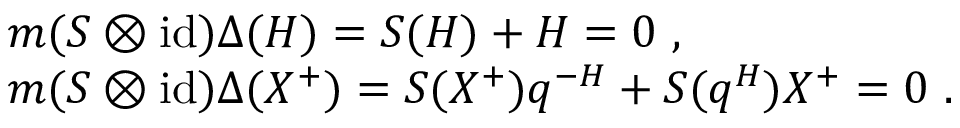
\begin{array} { r c l } { { } } & { { } } & { { m ( S \otimes \mathrm { i d } ) \Delta ( H ) = S ( H ) + H = 0 ~ , } } \\ { { } } & { { } } & { { m ( S \otimes \mathrm { i d } ) \Delta ( X ^ { + } ) = S ( X ^ { + } ) q ^ { - H } + S ( q ^ { H } ) X ^ { + } = 0 ~ . } } \end{array}